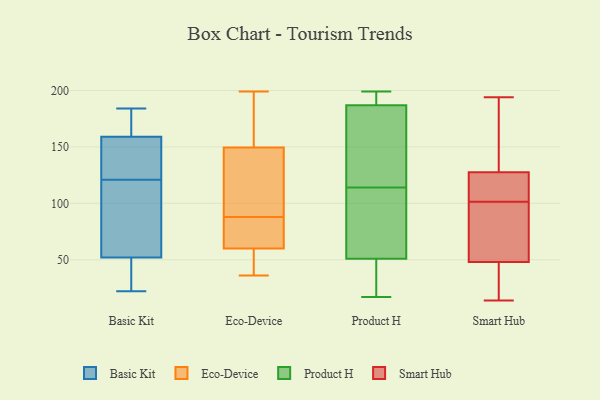
{"axis": {"x": "Waste Production (Tons)", "y": "Value"}, "legend": ["Basic Kit", "Eco-Device", "Product H", "Smart Hub"], "data": [{"x": "", "y": 22, "type": "Basic Kit"}, {"x": "", "y": 159, "type": "Basic Kit"}, {"x": "", "y": 43, "type": "Basic Kit"}, {"x": "", "y": 48, "type": "Basic Kit"}, {"x": "", "y": 110, "type": "Basic Kit"}, {"x": "", "y": 134, "type": "Basic Kit"}, {"x": "", "y": 146, "type": "Basic Kit"}, {"x": "", "y": 64, "type": "Basic Kit"}, {"x": "", "y": 162, "type": "Basic Kit"}, {"x": "", "y": 123, "type": "Basic Kit"}, {"x": "", "y": 159, "type": "Basic Kit"}, {"x": "", "y": 31, "type": "Basic Kit"}, {"x": "", "y": 173, "type": "Basic Kit"}, {"x": "", "y": 184, "type": "Basic Kit"}, {"x": "", "y": 71, "type": "Basic Kit"}, {"x": "", "y": 114, "type": "Basic Kit"}, {"x": "", "y": 42, "type": "Basic Kit"}, {"x": "", "y": 171, "type": "Basic Kit"}, {"x": "", "y": 121, "type": "Basic Kit"}, {"x": "", "y": 58, "type": "Eco-Device"}, {"x": "", "y": 110, "type": "Eco-Device"}, {"x": "", "y": 80, "type": "Eco-Device"}, {"x": "", "y": 155, "type": "Eco-Device"}, {"x": "", "y": 199, "type": "Eco-Device"}, {"x": "", "y": 152, "type": "Eco-Device"}, {"x": "", "y": 36, "type": "Eco-Device"}, {"x": "", "y": 48, "type": "Eco-Device"}, {"x": "", "y": 87, "type": "Eco-Device"}, {"x": "", "y": 127, "type": "Eco-Device"}, {"x": "", "y": 57, "type": "Eco-Device"}, {"x": "", "y": 78, "type": "Eco-Device"}, {"x": "", "y": 66, "type": "Eco-Device"}, {"x": "", "y": 44, "type": "Eco-Device"}, {"x": "", "y": 88, "type": "Eco-Device"}, {"x": "", "y": 142, "type": "Eco-Device"}, {"x": "", "y": 194, "type": "Eco-Device"}, {"x": "", "y": 138, "type": "Eco-Device"}, {"x": "", "y": 199, "type": "Eco-Device"}, {"x": "", "y": 193, "type": "Product H"}, {"x": "", "y": 174, "type": "Product H"}, {"x": "", "y": 51, "type": "Product H"}, {"x": "", "y": 34, "type": "Product H"}, {"x": "", "y": 17, "type": "Product H"}, {"x": "", "y": 116, "type": "Product H"}, {"x": "", "y": 109, "type": "Product H"}, {"x": "", "y": 112, "type": "Product H"}, {"x": "", "y": 187, "type": "Product H"}, {"x": "", "y": 199, "type": "Product H"}, {"x": "", "y": 181, "type": "Smart Hub"}, {"x": "", "y": 118, "type": "Smart Hub"}, {"x": "", "y": 14, "type": "Smart Hub"}, {"x": "", "y": 85, "type": "Smart Hub"}, {"x": "", "y": 38, "type": "Smart Hub"}, {"x": "", "y": 58, "type": "Smart Hub"}, {"x": "", "y": 27, "type": "Smart Hub"}, {"x": "", "y": 118, "type": "Smart Hub"}, {"x": "", "y": 134, "type": "Smart Hub"}, {"x": "", "y": 58, "type": "Smart Hub"}, {"x": "", "y": 121, "type": "Smart Hub"}, {"x": "", "y": 194, "type": "Smart Hub"}]}